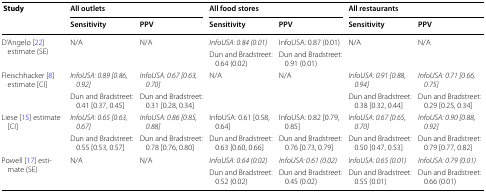
| <ROWSPAN=2> Study | <COLSPAN=2> All outlets | <COLSPAN=2> All food stores | <COLSPAN=2> All restaurants |
 | Sensitivity | PPV | Sensitivity | PPV | Sensitivity | PPV |
 | --- | --- | --- | --- | --- | --- | --- |
 | <ROWSPAN=2> D’Angelo [22] estimate (SE) | <ROWSPAN=2> N/A | <ROWSPAN=2> N/A | InfoUSA: 0.84 (0.01) | InfoUSA: 0.87 (0.01) | <ROWSPAN=2> N/A | <ROWSPAN=2> N/A |
 | Dun and Bradstreet: 0.64 (0.02) | Dun and Bradstreet: 0.91 (0.01) |
 | <ROWSPAN=2> Fleischhacker [8] estimate [CI] | InfoUSA: 0.89 [0.86, 0.92] | InfoUSA: 0.67 [0.63, 0.70] | <ROWSPAN=2> N/A | <ROWSPAN=2> N/A | InfoUSA: 0.91 [0.88, 0.94] | InfoUSA: 0.71 [0.66, 0.75] |
 | Dun and Bradstreet: 0.41 [0.37, 0.45] | Dun and Bradstreet: 0.31 [0.28, 0.34] | Dun and Bradstreet: 0.38 [0.32, 0.44] | Dun and Bradstreet: 0.29 [0.25, 0.34] |
 | <ROWSPAN=2> Liese [15] estimate [CI] | InfoUSA: 0.65 [0.63, 0.67] | InfoUSA: 0.86 [0.85, 0.88] | InfoUSA: 0.61 [0.58, 0.64] | InfoUSA: 0.82 [0.79, 0.85] | InfoUSA: 0.67 [0.65, 0.70] | InfoUSA: 0.90 [0.88, 0.92] |
 | Dun and Bradstreet: 0.55 [0.53, 0.57] | Dun and Bradstreet: 0.78 [0.76, 0.80] | Dun and Bradstreet: 0.63 [0.60, 0.66] | Dun and Bradstreet: 0.76 [0.73, 0.79] | Dun and Bradstreet: 0.50 [0.47, 0.53] | Dun and Bradstreet: 0.79 [0.77, 0.82] |
 | <ROWSPAN=2> Powell [17] estimate (SE) | <ROWSPAN=2> N/A | <ROWSPAN=2> N/A | InfoUSA: 0.64 (0.02) | InfoUSA: 0.61 (0.02) | InfoUSA: 0.65 (0.01) | InfoUSA: 0.79 (0.01) |
 | Dun and Bradstreet: 0.52 (0.02) | Dun and Bradstreet: 0.45 (0.02) | Dun and Bradstreet: 0.55 (0.01) | Dun and Bradstreet: 0.66 (0.01) |